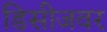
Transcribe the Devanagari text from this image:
डिसीजवर